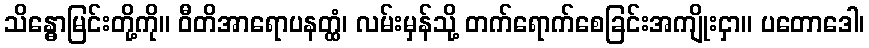
သိန္ဓောမြင်းတို့ကို။ ဝီတိအာရောပနတ္ထံ၊ လမ်းမှန်သို့ တက်ရောက်စေခြင်းအကျိုးငှာ။ ပတောဒေါ၊